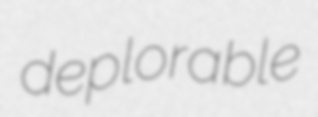
deplorable